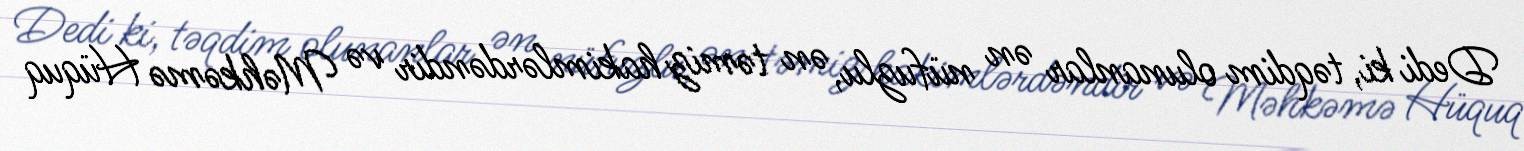
Dedi ki, təqdim olunanlar ən nüfuzlu, ən təmiz hakimlərdəndir və Məhkəmə Hüquq